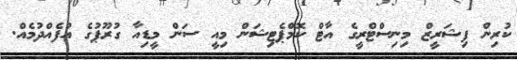
ކުރިން ފިޝަރީޒް މިނިސްޓްރީގެ އާޓް ކޮމްޕެޓިޝަން މިއީ ސަން މީޑިއާ ގުރޫޕުގެ އުފެއްދުމެއް.